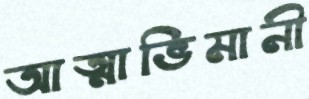
আত্মাভিমানী